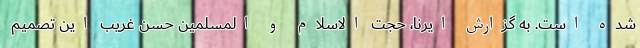
شده است. به گزارش ایرنا، حجت الاسلام و المسلمین حسن غریب این تصمیم